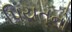
પિયતનો